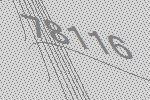
78116